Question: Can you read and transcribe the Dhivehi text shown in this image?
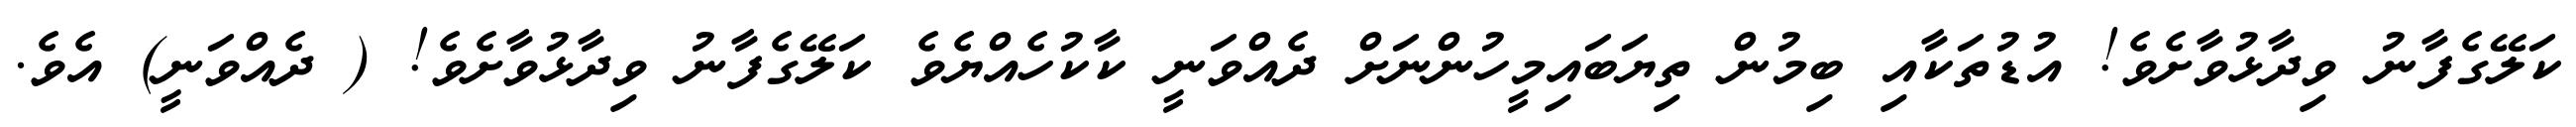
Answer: ކަލޭގެފާނު ވިދާޅުވާށެވެ! އުޑުތަކާއި ބިމުން ތިޔަބައިމީހުންނަށް ދެއްވަނީ ކާކުހެއްޔެވެ ކަލޭގެފާނު ވިދާޅުވާށެވެ! ( ދެއްވަނީ) އެވެ.